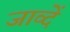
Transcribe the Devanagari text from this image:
जाव्दें